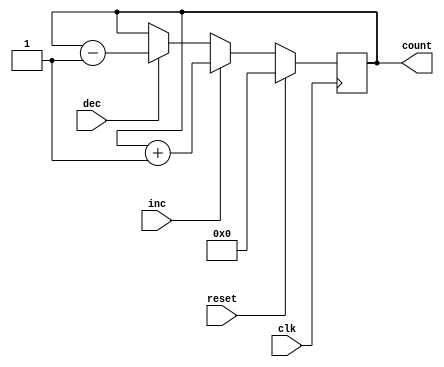
module gray_counter (
    input wire clk,         // Clock input
    input wire reset,       // Reset input
    input wire inc,         // Increment input
    input wire dec,         // Decrement input
    output reg [3:0] count  // 4-bit Gray counter output
);

reg [3:0] next_count;      // Next state of the counter

always @(posedge clk) begin
    if (reset) begin
        count <= 4'b0000;  // Reset the counter to 0
    end else begin
        // Determine the next count based on the direction input
        if (inc) begin
            next_count = count + 1;
        end else if (dec) begin
            next_count = count - 1;
        end else begin
            next_count = count;
        end

        // Update the count value
        count <= next_count;
    end
end

endmodule